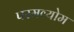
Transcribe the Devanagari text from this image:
परमव्योम